Lunatic asylums Punjab 1911-1921 - 1911-1921
Year: 1911
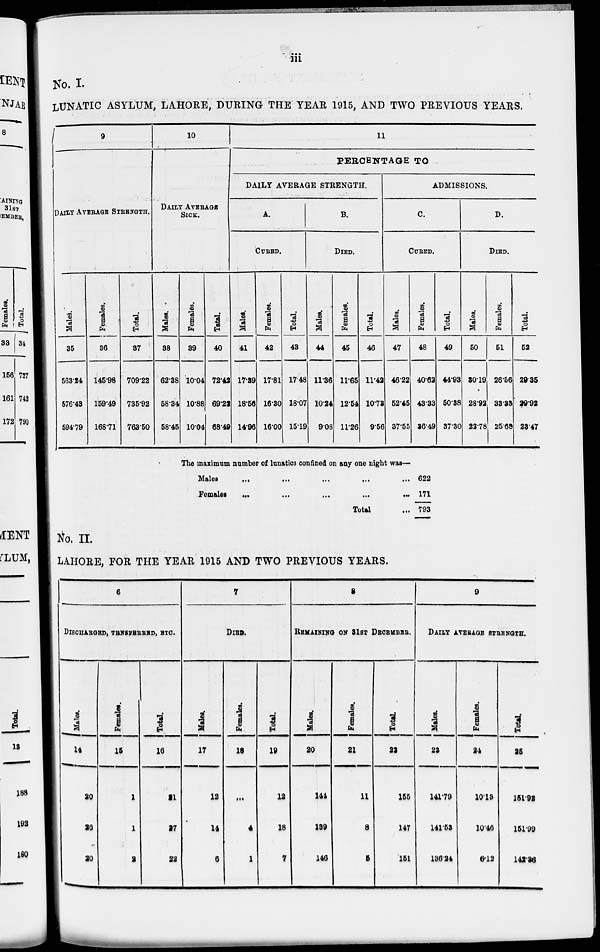
iii
No. I.
LUNATIC ASYLUM, LAHORE, DURING THE YEAR 1915, AND TWO PREVIOUS YEARS.
9
DAILY AVERAGE STRENGTH.
Males.
35
563.24
576.43
594.79
Females.
36
145.98
159.49
168.71
Total.
37
709.22
735.92
763.50
10
DAILY AVERAGE
SICK.
Males.
38
62.38
58.34
58.45
Females.
39
10.04
10.88
10.04
Total.
40
72.42
69.22
68.49
11
PERCENTAGE TO
DAILY AVERAGE STRENGTH.
A.
CURED.
Males.
41
17.39
18.56
14.96
Females.
42
17.81
16.30
16.00
Total.
43
17.48
18.07
15.19
B.
DIED.
Males.
44
11.36
10.24
9.08
Females.
45
11.65
12.54
11.26
Total.
46
11.42
10.73
9.56
ADMISSIONS.
C.
CURED.
Males.
47
46.22
52.45
37.55
Females.
48
40.62
43.33
36.49
The maximum number of lunatics confined on any one night was—
Males
...
...
...
...
...
Females
...
...
...
...
...
Total ...
622
171
793
Total.
49
44.93
50.38
37.30
D.
DIED.
Males.
50
30.19
28.92
22.78
Females.
51
26.56
33.33
25.68
Total.
52
29.35
29.92
23.47
No. II.
LAHORE, FOR THE YEAR 1915 AND TWO PREVIOUS YEARS.
6
DISCHARGED, TRNSFERRED, ETC.
Males.
14
20
26
20
Females.
15
1
1
2
Total.
16
21
27
22
7
DIED.
Males.
17
12
14
6
Females.
18
...
4
1
Total.
19
12
18
7
8
REMAINING ON 31ST DECEMBER.
Males.
20
144
139
146
Females.
21
11
8
5
Total.
22
155
147
151
9
DAILY AVERAGE STRENGTH.
Males.
23
141.79
141.53
136.24
Females.
24
10.13
10.46
6.12
Total.
25
151.92
151.99
142.36